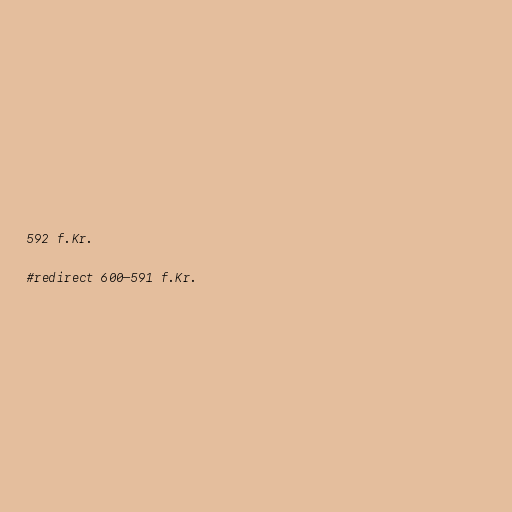
592 f.Kr.

#redirect 600–591 f.Kr.